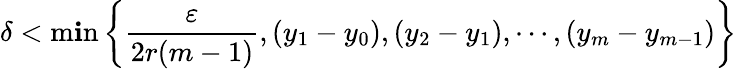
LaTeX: \delta<\operatorname*{m\mathbf{i}n}\left\{ {\frac{{\varepsilon}}{{2r(m-1)}}},\left(y_{1}-y_{0}\right),\left(y_{2}-y_{1}\right),\cdots,\left(y_{m}-y_{m-1}\right)\right\}